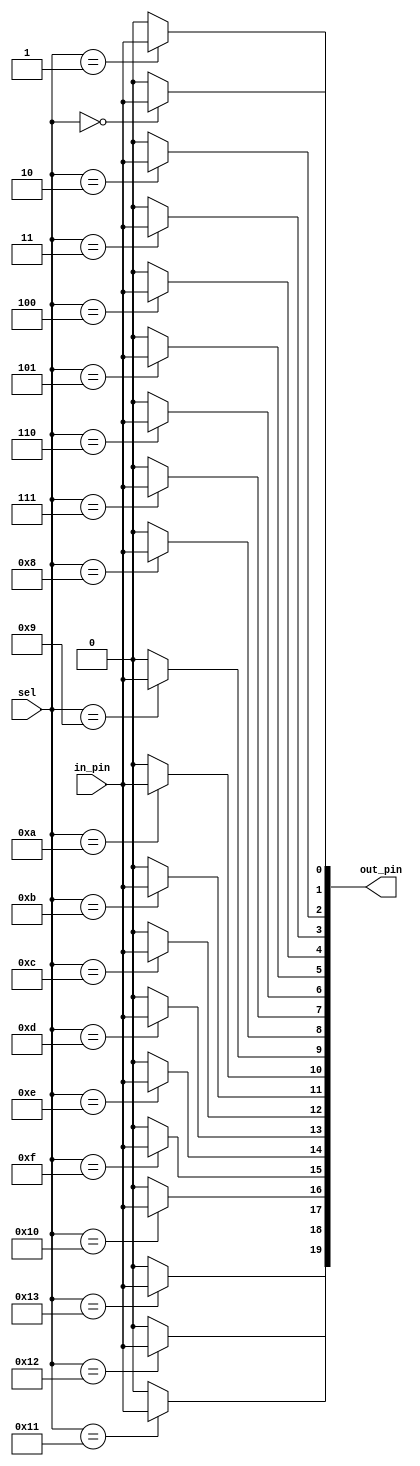
`timescale 1ns / 1ps
//////////////////////////////////////////////////////////////////////////////////
// Company: Xilinx, Inc
// Modified Date: 08/18/2017 to support PYNQ-Z2 board's Raspberry Pi and
//					and Arduino interfaces
//					C_INTERFACE=0 => ARDUINO, C_INTERFACE=1 => RASPBERRYPI
// Module Name: output_demux
//////////////////////////////////////////////////////////////////////////////////

module output_demux #(parameter C_FSM_SWITCH_WIDTH=20, C_INTERFACE=0)(
    input [4:0] sel,
    input in_pin,
    output reg [C_FSM_SWITCH_WIDTH-1:0] out_pin
    );
    
    generate
    case (C_INTERFACE)
       0: begin: ARDUINO
                 always @(sel, in_pin)
                   begin
                       out_pin = 20'h00000;
                       case(sel)
                           5'h00 : out_pin[0] = in_pin;
                           5'h01 : out_pin[1] = in_pin;
                           5'h02 : out_pin[2] = in_pin;
                           5'h03 : out_pin[3] = in_pin;
                           5'h04 : out_pin[4] = in_pin;
                           5'h05 : out_pin[5] = in_pin;
                           5'h06 : out_pin[6] = in_pin;
                           5'h07 : out_pin[7] = in_pin;
                           5'h08 : out_pin[8] = in_pin;
                           5'h09 : out_pin[9] = in_pin;
                           5'h0A : out_pin[10] = in_pin;
                           5'h0B : out_pin[11] = in_pin;
                           5'h0C : out_pin[12] = in_pin;
                           5'h0D : out_pin[13] = in_pin;
                           5'h0E : out_pin[14] = in_pin;
                           5'h0F : out_pin[15] = in_pin;
                           5'h10 : out_pin[16] = in_pin;
                           5'h11 : out_pin[17] = in_pin;
                           5'h12 : out_pin[18] = in_pin;
                           5'h13 : out_pin[19] = in_pin;
                       endcase
                   end
                 end
       1: begin: RASPBERRYPI
                 always @(sel, in_pin)
                   begin
                       out_pin = 26'h00000;
                       case(sel)
                           5'h00 : out_pin[0] = in_pin;
                           5'h01 : out_pin[1] = in_pin;
                           5'h02 : out_pin[2] = in_pin;
                           5'h03 : out_pin[3] = in_pin;
                           5'h04 : out_pin[4] = in_pin;
                           5'h05 : out_pin[5] = in_pin;
                           5'h06 : out_pin[6] = in_pin;
                           5'h07 : out_pin[7] = in_pin;
                           5'h08 : out_pin[8] = in_pin;
                           5'h09 : out_pin[9] = in_pin;
                           5'h0A : out_pin[10] = in_pin;
                           5'h0B : out_pin[11] = in_pin;
                           5'h0C : out_pin[12] = in_pin;
                           5'h0D : out_pin[13] = in_pin;
                           5'h0E : out_pin[14] = in_pin;
                           5'h0F : out_pin[15] = in_pin;
                           5'h10 : out_pin[16] = in_pin;
                           5'h11 : out_pin[17] = in_pin;
                           5'h12 : out_pin[18] = in_pin;
                           5'h13 : out_pin[19] = in_pin;
                           5'h14 : out_pin[20] = in_pin;
                           5'h15 : out_pin[21] = in_pin;
                           5'h16 : out_pin[22] = in_pin;
                           5'h17 : out_pin[23] = in_pin;
                           5'h18 : out_pin[24] = in_pin;
                           5'h19 : out_pin[25] = in_pin;
                       endcase
                   end
                  end
       default: begin: ARDUINO
                       always @(sel, in_pin)
                       begin
                           out_pin = 20'h00000;
                           case(sel)
                               5'h00 : out_pin[0] = in_pin;
                               5'h01 : out_pin[1] = in_pin;
                               5'h02 : out_pin[2] = in_pin;
                               5'h03 : out_pin[3] = in_pin;
                               5'h04 : out_pin[4] = in_pin;
                               5'h05 : out_pin[5] = in_pin;
                               5'h06 : out_pin[6] = in_pin;
                               5'h07 : out_pin[7] = in_pin;
                               5'h08 : out_pin[8] = in_pin;
                               5'h09 : out_pin[9] = in_pin;
                               5'h0A : out_pin[10] = in_pin;
                               5'h0B : out_pin[11] = in_pin;
                               5'h0C : out_pin[12] = in_pin;
                               5'h0D : out_pin[13] = in_pin;
                               5'h0E : out_pin[14] = in_pin;
                               5'h0F : out_pin[15] = in_pin;
                               5'h10 : out_pin[16] = in_pin;
                               5'h11 : out_pin[17] = in_pin;
                               5'h12 : out_pin[18] = in_pin;
                               5'h13 : out_pin[19] = in_pin;
                           endcase
                       end
                end
    endcase
    endgenerate


endmodule